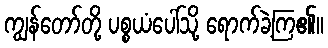
ကျွန်တော်တို့ ပစ္စယံပေါ်သို့ ရောက်ခဲ့ကြ၏။